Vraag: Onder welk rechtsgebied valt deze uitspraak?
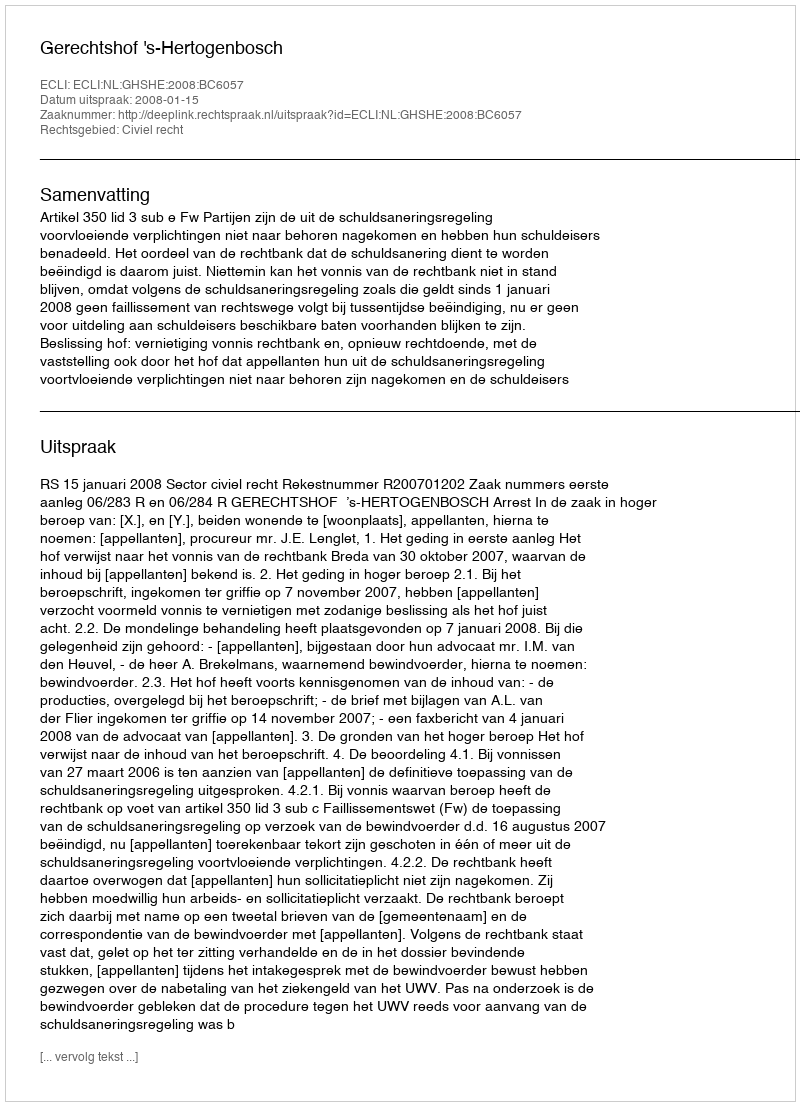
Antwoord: Civiel recht